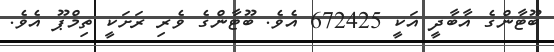
ބޫޓާންގެ އާބާދީ އަކީ 672425 އެވެ. ބޫޓާންގެ ވެރި ރަށަކީ ތިމްޕޫ އެވެ.